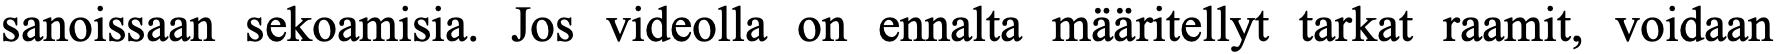
sanoissaan sekoamisia. Jos videolla on ennalta määritellyt tarkat raamit, voidaan